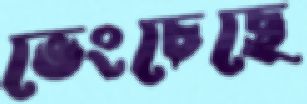
ভেংচেছে